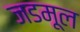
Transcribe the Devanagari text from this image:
जडमूल